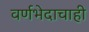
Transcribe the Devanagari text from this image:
वर्णभेदाचाही